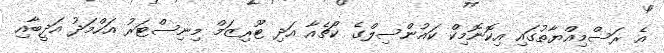
އެ ރަސްމިއްޔާތުގައި އިކޮނޮމިކް ކައުންސިލްގެ ކޯޗެއާ އަދި ޓޫރިޒަމް މިނިސްޓަރު އަހްމަދު އަދީބާއި